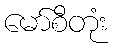
မော်စီတုံး